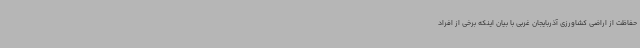
حفاظت از اراضی کشاورزی آذربایجان غربی با بیان اینکه برخی از افراد